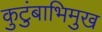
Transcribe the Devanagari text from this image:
कुटुंबाभिमुख